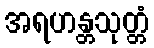
အရဟန္တသုတ္တံ